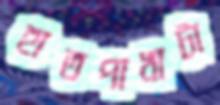
হাতপাখাটা